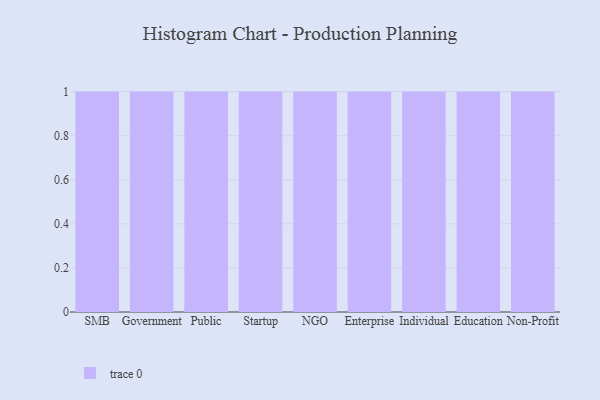
{"axis": {"x": "Segment", "y": "Churn Rate (%)"}, "legend": [""], "data": [{"x": "SMB", "y": 40, "type": ""}, {"x": "Government", "y": 60, "type": ""}, {"x": "Public", "y": 47, "type": ""}, {"x": "Startup", "y": 2, "type": ""}, {"x": "NGO", "y": 43, "type": ""}, {"x": "Enterprise", "y": 25, "type": ""}, {"x": "Individual", "y": 46, "type": ""}, {"x": "Education", "y": 54, "type": ""}, {"x": "Non-Profit", "y": 90, "type": ""}]}